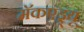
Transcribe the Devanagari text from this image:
मॅकएंड्र्यू